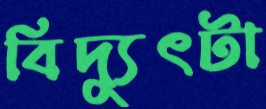
বিদ্যুৎটা